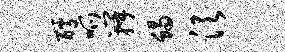
醵呱瓣蝎须